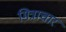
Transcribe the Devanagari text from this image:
मित्राचार